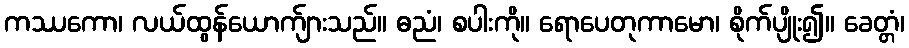
ကဿကော၊ လယ်ထွန်ယောက်ျားသည်။ ဓညံ၊ စပါးကို။ ရောပေတုကာမော၊ စိုက်ပျိုး၍။ ခေတ္တံ၊